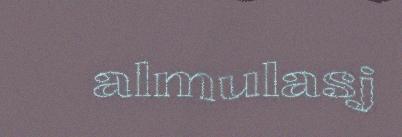
almulasj